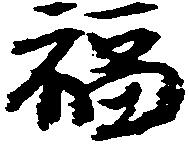
福